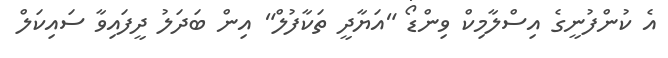
އެ ކުންފުނީގެ އިސްލާމިކް ވިންޑޯ "އަޔާދީ ތަކާފުލް" އިން ބަދަލު ދީފައިވާ ސައިކަލް